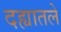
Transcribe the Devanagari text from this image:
दह्यातले